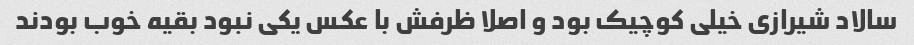
سالاد شیرازی خیلی کوچیک بود و اصلا ظرفش با عکس یکی نبود بقیه خوب بودند